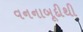
વનનાબૂદીથી